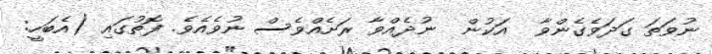
ނުވަތަ ގަދަވެގެންވާ  އަކުން  ނުދެއްވާ ރަށެއްވެސް ނުވެއެވެ. ފޮތުގައި (އެބަހީ: